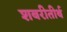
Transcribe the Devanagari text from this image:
शबरीतीर्थ